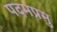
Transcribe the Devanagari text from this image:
पदमप्रमु